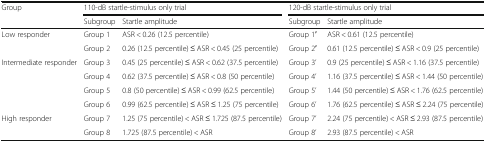
| <ROWSPAN=2> Group | <COLSPAN=2> 110-dB startle-stimulus only trial | <COLSPAN=2> 120-dB startle-stimulus only trial |
 | Subgroup | Startle amplitude | Subgroup | Startle amplitude |
 | --- | --- | --- | --- | --- |
 | <ROWSPAN=2> Low responder | Group 1 | ASR < 0.26 (12.5 percentile) | Group 1′ | ASR < 0.61 (12.5 percentile) |
 | Group 2 | 0.26 (12.5 percentile) ≤ ASR < 0.45 (25 percentile) | Group 2′ | 0.61 (12.5 percentile) ≤ ASR < 0.9 (25 percentile) |
 | <ROWSPAN=4> Intermediate responder | Group 3 | 0.45 (25 percentile) ≤ ASR < 0.62 (37.5 percentile) | Group 3’ | 0.9 (25 percentile) ≤ ASR < 1.16 (37.5 percentile) |
 | Group 4 | 0.62 (37.5 percentile) ≤ ASR < 0.8 (50 percentile) | Group 4’ | 1.16 (37.5 percentile) ≤ ASR < 1.44 (50 percentile) |
 | Group 5 | 0.8 (50 percentile) ≤ ASR < 0.99 (62.5 percentile) | Group 5’ | 1.44 (50 percentile) ≤ ASR < 1.76 (62.5 percentile) |
 | Group 6 | 0.99 (62.5 percentile) ≤ ASR ≤ 1.25 (75 percentile) | Group 6’ | 1.76 (62.5 percentile) ≤ ASR ≤ 2.24 (75 percentile) |
 | <ROWSPAN=2> High responder | Group 7 | 1.25 (75 percentile) < ASR ≤ 1.725 (87.5 percentile) | Group 7’ | 2.24 (75 percentile) < ASR ≤ 2.93 (87.5 percentile) |
 | Group 8 | 1.725 (87.5 percentile) < ASR | Group 8’ | 2.93 (87.5 percentile) < ASR |